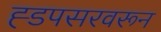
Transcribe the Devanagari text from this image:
ह्डपसरवरून